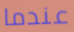
عندما